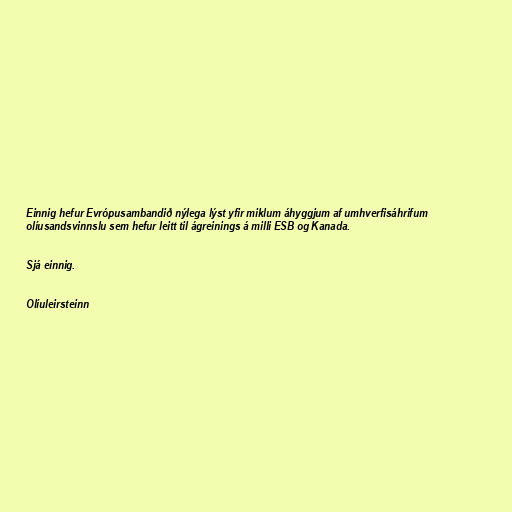
Einnig hefur Evrópusambandið nýlega lýst yfir miklum áhyggjum af umhverfisáhrifum
olíusandsvinnslu sem hefur leitt til ágreinings á milli ESB og Kanada.

Sjá einnig.

Olíuleirsteinn